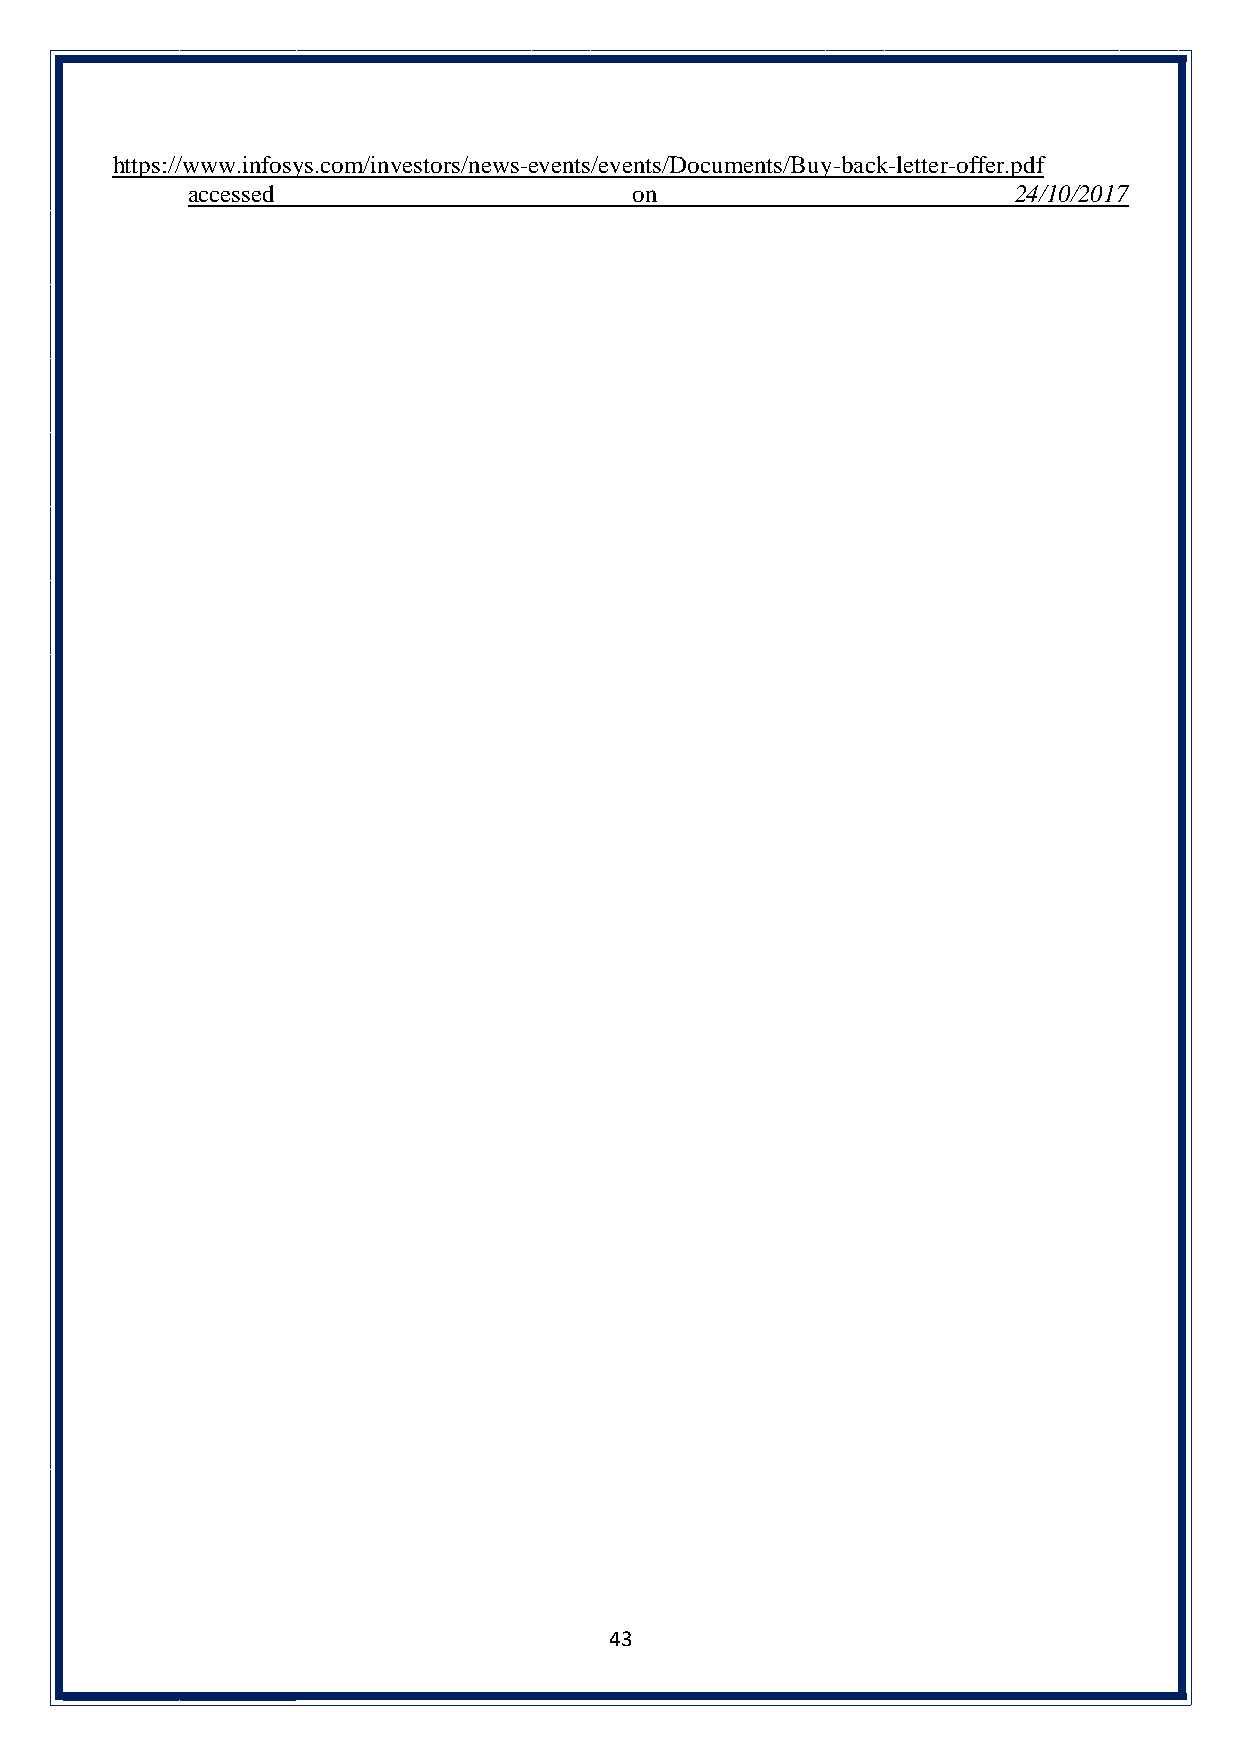
https://www.infosys.com/investors/news-events/events/Documents/Buy-back-letter-offer.pdf
 accessed                      on                       24/10/2017
 43